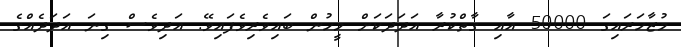
މުޒާހަރައިގަ 50000 އާއި ގާތްކުރާ އަދަދަކަށް މީހުން ބައިވެރިވެފައިވޭ. އަދިވެސް ގިނަ އަދަދެއްގެ